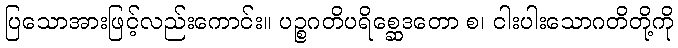
ပြသောအားဖြင့်လည်းကောင်း။ ပဉ္စဂတိပရိစ္ဆေဒတော စ၊ ငါးပါးသောဂတိတို့ကို